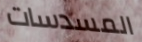
المسدسات